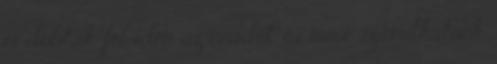
is dobták fel idén az évadot, és mire számíthatunk